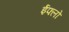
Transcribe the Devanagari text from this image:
ईफ्लो